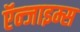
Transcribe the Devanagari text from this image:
ऍन्जाइम्स